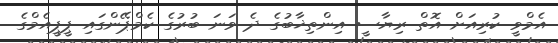
އެމްވީ ކުރިއަށް އޮތް ރިޔާސީ އިންތިޚާބުގެ ދެ ވަނަ ބުރުގެ ކެމްޕޭންގައި ޕީޕީއެމްގެ